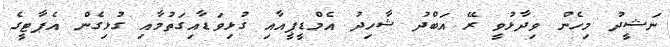
ނަޝީދު މިހެން ވިދާޅުވީ ރޭ އަބްދު ޝާހިދު އެމްޑީޕީއާއި ގުޅިވަޑާއިގަތުމާއި ގުޅިގެން އެޕާޓީގެ